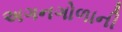
અગનગોળાની